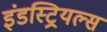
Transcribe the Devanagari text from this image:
इंडस्ट्रियल्स